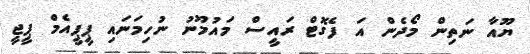
ޔޫއާ ނަތިން މޯދެން އަ ފެގޮޓް ރައީސް މައުމޫނު ނުހިމަނައި ޕީޕީއެމް ޕީޖީ